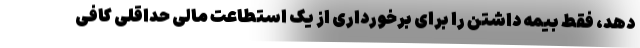
دهد، فقط بیمه داشتن را برای برخورداری از یک استطاعت مالیِ حداقلی کافی